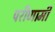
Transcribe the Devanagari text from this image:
परीणामी